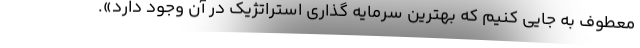
معطوف به جایی کنیم که بهترین سرمایه گذاری استراتژیک در آن وجود دارد».